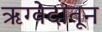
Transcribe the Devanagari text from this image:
ऋग्वेदातून